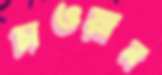
চাওয়ান